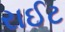
રાઈટ